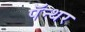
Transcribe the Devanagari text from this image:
पॅन्थर